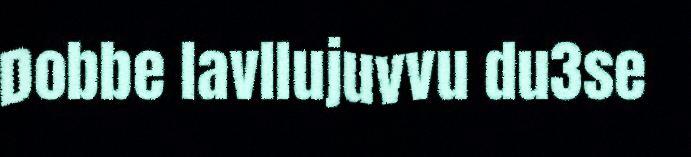
Dobbe lavllujuvvu du3se